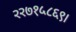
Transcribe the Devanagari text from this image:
२२७१५८६९।